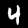
Label: 4